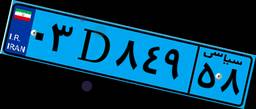
۰۳D۸۴۹۵۸